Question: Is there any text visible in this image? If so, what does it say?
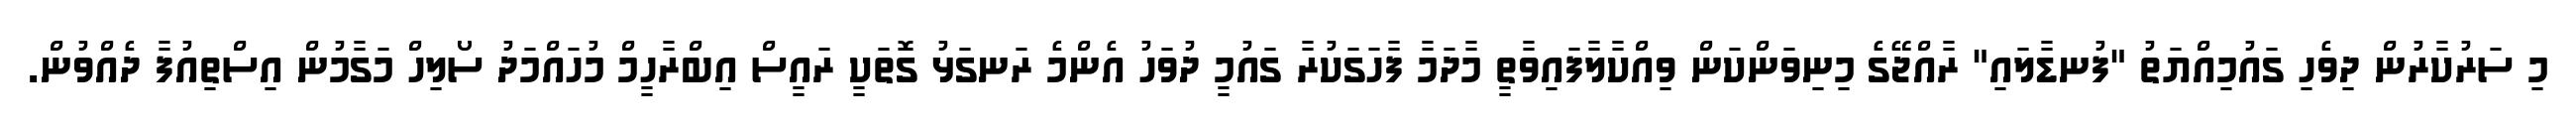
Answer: މި ސަރުކާރުން ދިވެހި ގައުމިއްޔަތު "ފުނޑާލައި" ރާއްޖޭގެ މިނިވަންކަން ވިއްކާލާފައިވާތީ މާދަމާ ފާހަގަކުރާ ގައުމީ ދުވަހު އެންމެ ރަނގަޅު ގޮތަކީ ރައީސް އިބްރާހީމް މުހައްމަދު ސޯލިހް މަގާމުން އިސްތިއުފާ ދެއްވުން.